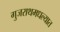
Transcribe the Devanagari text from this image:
गुजराथमधल्यात